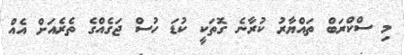
މި ސްކްރަބް ތައްޔާރު ކުރާނެ ގޮތަކީ ކުޑަ ހުސް ޖަގެއްގެ ތެރެއަށް އެއް